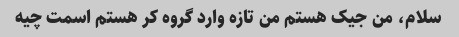
سلام، من جیک هستم من تازه وارد گروه کر هستم اسمت چیه